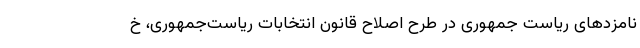
نامزدهای ریاست جمهوری در طرح اصلاح قانون انتخابات ریاست‌جمهوری، خ